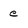
Character: e